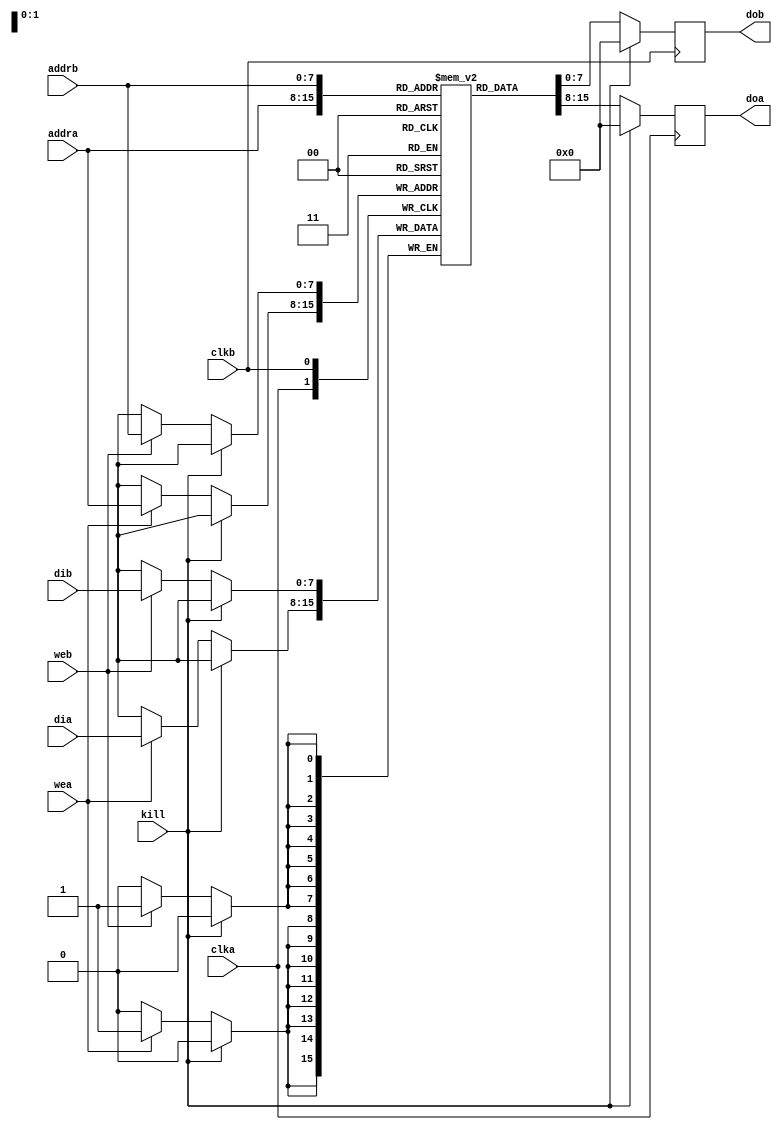
/**************************************************************************************************
 *                                                                                                *
 *                                                                                                *
 **************************************************************************************************
 *                                                                                                *
 *  Description:                                                                                  *
 *                                                                                                *
 *  Block Sbox/InvSbox                                                                            *
 *                                                                                                *
 **************************************************************************************************
 *    Synthesis in Vivado:                                                                        *
 *   			LUT:	1								  *
 *			BRAM:	0.5								  *
 **************************************************************************************************
 *  Verilog code                                                                                  *
 **************************************************************************************************/

(* keep_hierarchy = "yes" *)

module aes_128_sbox (
	/* inputs */
	input			clka,
	input			clkb,
	input			kill,
	input			wea,
	input			web,
	input		[7:0]	addra,
	input		[7:0]	addrb,
	input		[7:0]	dia,
	input		[7:0]	dib,

	/* outputs */
	output 	reg	[7:0]	doa,
	output	reg	[7:0]	dob
	);

/**************************************************************************************************
*        PARAMETERS
 **************************************************************************************************/
parameter LENGTH_RAM = 256;

/**************************************************************************************************
 *      LOCAL WIRES, REGS                                                                         *
 **************************************************************************************************/
reg	[7:0]	ram [LENGTH_RAM-1:0];

/**************************************************************************************************
 *            INITIAL                                                                             *
 **************************************************************************************************/
initial
begin
/*
//Inverse S-box:
	ram[0] <= 16'h52; 	ram[1] <= 16'h01; 	ram[2] <= 16'h6a; 	ram[3] <= 16'hd5;
	ram[4] <= 16'h30; 	ram[5] <= 16'h36; 	ram[6] <= 16'ha5; 	ram[7] <= 16'h38;
	ram[8] <= 16'hbf; 	ram[9] <= 16'h40; 	ram[10] <= 16'ha3; 	ram[11] <= 16'h9e;
	ram[12] <= 16'h81; 	ram[13] <= 16'hf3; 	ram[14] <= 16'hd7; 	ram[15] <= 16'hfb;

	ram[16] <= 16'h7c; 	ram[17] <= 16'he3; 	ram[18] <= 16'h39; 	ram[19] <= 16'h82;
	ram[20] <= 16'h9b; 	ram[21] <= 16'h2f; 	ram[22] <= 16'hff; 	ram[23] <= 16'h87;
	ram[24] <= 16'h34; 	ram[25] <= 16'h8e; 	ram[26] <= 16'h43; 	ram[27] <= 16'h44;
	ram[28] <= 16'hc4; 	ram[29] <= 16'hde; 	ram[30] <= 16'he9; 	ram[31] <= 16'hcb;

	ram[32] <= 16'h54; 	ram[33] <= 16'h7b; 	ram[34] <= 16'h94; 	ram[35] <= 16'h32;
	ram[36] <= 16'ha6; 	ram[37] <= 16'hc2; 	ram[38] <= 16'h23; 	ram[39] <= 16'h3d;
	ram[40] <= 16'hee; 	ram[41] <= 16'h4c;	ram[42] <= 16'h95;	ram[43] <= 16'h0b;
	ram[44] <= 16'h42; 	ram[45] <= 16'hfa; 	ram[46] <= 16'hc3; 	ram[47] <= 16'h4e;

	ram[48] <= 16'h08; 	ram[49] <= 16'h2e; 	ram[50] <= 16'ha1; 	ram[51] <= 16'h66;
	ram[52] <= 16'h28; 	ram[53] <= 16'hd9; 	ram[54] <= 16'h24; 	ram[55] <= 16'hb2;
	ram[56] <= 16'h76; 	ram[57] <= 16'h5b; 	ram[58] <= 16'ha2; 	ram[59] <= 16'h49;
	ram[60] <= 16'h6d; 	ram[61] <= 16'h8b; 	ram[62] <= 16'hd1; 	ram[63] <= 16'h25;

	ram[64] <= 16'h72; 	ram[65] <= 16'hf8; 	ram[66] <= 16'hf6; 	ram[67] <= 16'h64;
	ram[68] <= 16'h86; 	ram[69] <= 16'h68; 	ram[70] <= 16'h98; 	ram[71] <= 16'h16;
	ram[72] <= 16'hd4; 	ram[73] <= 16'ha4; 	ram[74] <= 16'h5c; 	ram[75] <= 16'hcc;
	ram[76] <= 16'h5d; 	ram[77] <= 16'h65; 	ram[78] <= 16'hb6; 	ram[79] <= 16'h92;

	ram[80] <= 16'h6c; 	ram[81] <= 16'h70; 	ram[82] <= 16'h48; 	ram[83] <= 16'h50;
	ram[84] <= 16'hfd; 	ram[85] <= 16'hed; 	ram[86] <= 16'hb9; 	ram[87] <= 16'hda;
	ram[88] <= 16'h5e; 	ram[89] <= 16'h15; 	ram[90] <= 16'h46; 	ram[91] <= 16'h57;
	ram[92] <= 16'ha7; 	ram[93] <= 16'h8d; 	ram[94] <= 16'h9d; 	ram[95] <= 16'h84;

	ram[96] <= 16'h90; 	ram[97] <= 16'hd8; 	ram[98] <= 16'hab; 	ram[99] <= 16'h00;
	ram[100] <= 16'h8c; 	ram[101] <= 16'hbc; 	ram[102] <= 16'hd3; 	ram[103] <= 16'h0a;
	ram[104] <= 16'hf7; 	ram[105] <= 16'he4; 	ram[106] <= 16'h58; 	ram[107] <= 16'h05;
	ram[108] <= 16'hb8; 	ram[109] <= 16'hb3; 	ram[110] <= 16'h45; 	ram[111] <= 16'h06;

	ram[112] <= 16'hd0; 	ram[113] <= 16'h2c; 	ram[114] <= 16'h1e; 	ram[115] <= 16'h8f;
	ram[116] <= 16'hca; 	ram[117] <= 16'h3f; 	ram[118] <= 16'h0f; 	ram[119] <= 16'h02;
	ram[120] <= 16'hc1; 	ram[121] <= 16'haf; 	ram[122] <= 16'hbd; 	ram[123] <= 16'h03;
	ram[124] <= 16'h01; 	ram[125] <= 16'h13; 	ram[126] <= 16'h8a; 	ram[127] <= 16'h6b;

	ram[128] <= 16'h3a; 	ram[129] <= 16'h91; 	ram[130] <= 16'h11; 	ram[131] <= 16'h41;
	ram[132] <= 16'h4f; 	ram[133] <= 16'h67; 	ram[134] <= 16'hdc; 	ram[135] <= 16'hea;
	ram[136] <= 16'h97; 	ram[137] <= 16'hf2; 	ram[138] <= 16'hcf; 	ram[139] <= 16'hce;
	ram[140] <= 16'hf0; 	ram[141] <= 16'hb4; 	ram[142] <= 16'he6; 	ram[143] <= 16'h73;

	ram[144] <= 16'h96; 	ram[145] <= 16'hac; 	ram[146] <= 16'h74; 	ram[147] <= 16'h22;
	ram[148] <= 16'he7; 	ram[149] <= 16'had; 	ram[150] <= 16'h35; 	ram[151] <= 16'h85;
	ram[152] <= 16'he2; 	ram[153] <= 16'hf9; 	ram[154] <= 16'h37; 	ram[155] <= 16'he8;
	ram[156] <= 16'h1c; 	ram[157] <= 16'h75; 	ram[158] <= 16'hdf; 	ram[159] <= 16'h6e;

	ram[160] <= 16'h47; 	ram[161] <= 16'hf1; 	ram[162] <= 16'h1a; 	ram[163] <= 16'h71;
	ram[164] <= 16'h1d; 	ram[165] <= 16'h29; 	ram[166] <= 16'hc5; 	ram[167] <= 16'h89;
	ram[168] <= 16'h6f; 	ram[169] <= 16'hb7; 	ram[170] <= 16'h62; 	ram[171] <= 16'h0e;
	ram[172] <= 16'haa; 	ram[173] <= 16'h18; 	ram[174] <= 16'hbe; 	ram[175] <= 16'h1b;

	ram[176] <= 16'hfc; 	ram[177] <= 16'h56; 	ram[178] <= 16'h3e; 	ram[179] <= 16'h4b;
	ram[180] <= 16'hc6; 	ram[181] <= 16'hd2; 	ram[182] <= 16'h79; 	ram[183] <= 16'h20;
	ram[184] <= 16'h9a; 	ram[185] <= 16'hdb; 	ram[186] <= 16'hc0; 	ram[187] <= 16'hfe;
	ram[188] <= 16'h78; 	ram[189] <= 16'hcd; 	ram[190] <= 16'h5a; 	ram[191] <= 16'hf4;

	ram[192] <= 16'h1f; 	ram[193] <= 16'hdd; 	ram[194] <= 16'ha8; 	ram[195] <= 16'h33;
	ram[196] <= 16'h88; 	ram[197] <= 16'h07; 	ram[198] <= 16'hc7; 	ram[199] <= 16'h31;
	ram[200] <= 16'hb1; 	ram[201] <= 16'h12; 	ram[202] <= 16'h10; 	ram[203] <= 16'h59;
	ram[204] <= 16'h27; 	ram[205] <= 16'h80; 	ram[206] <= 16'hec; 	ram[207] <= 16'h5f;

	ram[208] <= 16'h60; 	ram[209] <= 16'h51; 	ram[210] <= 16'h7f; 	ram[211] <= 16'ha9;
	ram[212] <= 16'h19; 	ram[213] <= 16'hb5; 	ram[214] <= 16'h4a;	ram[215] <= 16'h0d;
	ram[216] <= 16'h2d; 	ram[217] <= 16'he5; 	ram[218] <= 16'h7a;	ram[219] <= 16'h9f;
	ram[220] <= 16'h93; 	ram[221] <= 16'hc9; 	ram[222] <= 16'h9c; 	ram[223] <= 16'hef;

	ram[224] <= 16'ha0; 	ram[225] <= 16'he0; 	ram[226] <= 16'h3b; 	ram[227] <= 16'h4d;
	ram[228] <= 16'hae; 	ram[229] <= 16'h2a; 	ram[230] <= 16'hf5; 	ram[231] <= 16'hb0;
	ram[232] <= 16'hc8; 	ram[233] <= 16'heb; 	ram[234] <= 16'hbb; 	ram[235] <= 16'h3c;
	ram[236] <= 16'h83; 	ram[237] <= 16'h53; 	ram[238] <= 16'h99; 	ram[239] <= 16'h61;

	ram[240] <= 16'h17; 	ram[241] <= 16'h2b; 	ram[242] <= 16'h04; 	ram[243] <= 16'h7e;
	ram[244] <= 16'hba; 	ram[245] <= 16'h77; 	ram[246] <= 16'hd6; 	ram[247] <= 16'h26;
	ram[248] <= 16'he1; 	ram[249] <= 16'h69; 	ram[250] <= 16'h14; 	ram[251] <= 16'h63;
	ram[252] <= 16'h55; 	ram[253] <= 16'h21; 	ram[254] <= 16'h0c; 	ram[255] <= 16'h7d;
*/
//S-box
	ram[0] <= 16'h63; 	ram[1] <= 16'h7c; 	ram[2] <= 16'h77; 	ram[3] <= 16'h7b;
	ram[4] <= 16'hf2; 	ram[5] <= 16'h6b; 	ram[6] <= 16'h6f; 	ram[7] <= 16'hc5;
	ram[8] <= 16'h30; 	ram[9] <= 16'h01; 	ram[10] <= 16'h67; 	ram[11] <= 16'h2b;
	ram[12] <= 16'hfe; 	ram[13] <= 16'hd7; 	ram[14] <= 16'hab; 	ram[15] <= 16'h76;

	ram[16] <= 16'hca; 	ram[17] <= 16'h82; 	ram[18] <= 16'hc9; 	ram[19] <= 16'h7d;
	ram[20] <= 16'hfa; 	ram[21] <= 16'h59; 	ram[22] <= 16'h47; 	ram[23] <= 16'hf0;
	ram[24] <= 16'had; 	ram[25] <= 16'hd4; 	ram[26] <= 16'ha2; 	ram[27] <= 16'haf;
	ram[28] <= 16'h9c; 	ram[29] <= 16'ha4; 	ram[30] <= 16'h72; 	ram[31] <= 16'hc0;

	ram[32] <= 16'hb7; 	ram[33] <= 16'hfd; 	ram[34] <= 16'h93; 	ram[35] <= 16'h26;
	ram[36] <= 16'h36; 	ram[37] <= 16'h3f; 	ram[38] <= 16'hf7; 	ram[39] <= 16'hcc;
	ram[40] <= 16'h34; 	ram[41] <= 16'ha5;	ram[42] <= 16'he5;	ram[43] <= 16'hf1;
	ram[44] <= 16'h71; 	ram[45] <= 16'hd8; 	ram[46] <= 16'h31; 	ram[47] <= 16'h15;

	ram[48] <= 16'h04; 	ram[49] <= 16'hc7; 	ram[50] <= 16'h23; 	ram[51] <= 16'hc3;
	ram[52] <= 16'h18; 	ram[53] <= 16'h96; 	ram[54] <= 16'h05; 	ram[55] <= 16'h9a;
	ram[56] <= 16'h07; 	ram[57] <= 16'h12; 	ram[58] <= 16'h80; 	ram[59] <= 16'he2;
	ram[60] <= 16'heb; 	ram[61] <= 16'h27; 	ram[62] <= 16'hb2; 	ram[63] <= 16'h75;

	ram[64] <= 16'h09; 	ram[65] <= 16'h83; 	ram[66] <= 16'h2c; 	ram[67] <= 16'h1a;
	ram[68] <= 16'h1b; 	ram[69] <= 16'h6e; 	ram[70] <= 16'h5a; 	ram[71] <= 16'ha0;
	ram[72] <= 16'h52; 	ram[73] <= 16'h3b; 	ram[74] <= 16'hd6; 	ram[75] <= 16'hb3;
	ram[76] <= 16'h29; 	ram[77] <= 16'he3; 	ram[78] <= 16'h2f; 	ram[79] <= 16'h84;

	ram[80] <= 16'h53; 	ram[81] <= 16'hd1; 	ram[82] <= 16'h00; 	ram[83] <= 16'hed;
	ram[84] <= 16'h20; 	ram[85] <= 16'hfc; 	ram[86] <= 16'hb1; 	ram[87] <= 16'h5b;
	ram[88] <= 16'h6a; 	ram[89] <= 16'hcb; 	ram[90] <= 16'hbe; 	ram[91] <= 16'h39;
	ram[92] <= 16'h4a; 	ram[93] <= 16'h4c; 	ram[94] <= 16'h58; 	ram[95] <= 16'hcf;

	ram[96] <= 16'hd0; 	ram[97] <= 16'hef; 	ram[98] <= 16'haa; 	ram[99] <= 16'hfb;
	ram[100] <= 16'h43; 	ram[101] <= 16'h4d; 	ram[102] <= 16'h33; 	ram[103] <= 16'h85;
	ram[104] <= 16'h45; 	ram[105] <= 16'hf9; 	ram[106] <= 16'h02; 	ram[107] <= 16'h7f;
	ram[108] <= 16'h50; 	ram[109] <= 16'h3c; 	ram[110] <= 16'h9f; 	ram[111] <= 16'ha8;

	ram[112] <= 16'h51; 	ram[113] <= 16'ha3; 	ram[114] <= 16'h40; 	ram[115] <= 16'h8f;
	ram[116] <= 16'h92; 	ram[117] <= 16'h9d; 	ram[118] <= 16'h38; 	ram[119] <= 16'hf5;
	ram[120] <= 16'hbc; 	ram[121] <= 16'hb6; 	ram[122] <= 16'hda; 	ram[123] <= 16'h21;
	ram[124] <= 16'h10; 	ram[125] <= 16'hff; 	ram[126] <= 16'hf3; 	ram[127] <= 16'hd2;

	ram[128] <= 16'hcd; 	ram[129] <= 16'h0c; 	ram[130] <= 16'h13; 	ram[131] <= 16'hec;
	ram[132] <= 16'h5f; 	ram[133] <= 16'h97; 	ram[134] <= 16'h44; 	ram[135] <= 16'h17;
	ram[136] <= 16'hc4; 	ram[137] <= 16'ha7; 	ram[138] <= 16'h7e; 	ram[139] <= 16'h3d;
	ram[140] <= 16'h64; 	ram[141] <= 16'h5d; 	ram[142] <= 16'h19; 	ram[143] <= 16'h73;

	ram[144] <= 16'h60; 	ram[145] <= 16'h81; 	ram[146] <= 16'h4f; 	ram[147] <= 16'hdc;
	ram[148] <= 16'h22; 	ram[149] <= 16'h2a; 	ram[150] <= 16'h90; 	ram[151] <= 16'h88;
	ram[152] <= 16'h46; 	ram[153] <= 16'hee; 	ram[154] <= 16'hb8; 	ram[155] <= 16'h14;
	ram[156] <= 16'hde; 	ram[157] <= 16'h5e; 	ram[158] <= 16'h0b; 	ram[159] <= 16'hdb;

	ram[160] <= 16'he0; 	ram[161] <= 16'h32; 	ram[162] <= 16'h3a; 	ram[163] <= 16'h0a;
	ram[164] <= 16'h49; 	ram[165] <= 16'h06; 	ram[166] <= 16'h24; 	ram[167] <= 16'h5c;
	ram[168] <= 16'hc2; 	ram[169] <= 16'hd3; 	ram[170] <= 16'hac; 	ram[171] <= 16'h62;
	ram[172] <= 16'h91; 	ram[173] <= 16'h95; 	ram[174] <= 16'he4; 	ram[175] <= 16'h79;

	ram[176] <= 16'he7; 	ram[177] <= 16'hc8; 	ram[178] <= 16'h37; 	ram[179] <= 16'h6d;
	ram[180] <= 16'h8d; 	ram[181] <= 16'hd5; 	ram[182] <= 16'h4e; 	ram[183] <= 16'ha9;
	ram[184] <= 16'h6c; 	ram[185] <= 16'h56; 	ram[186] <= 16'hf4; 	ram[187] <= 16'hea;
	ram[188] <= 16'h65; 	ram[189] <= 16'h7a; 	ram[190] <= 16'hae; 	ram[191] <= 16'h08;

	ram[192] <= 16'hba; 	ram[193] <= 16'h78; 	ram[194] <= 16'h25; 	ram[195] <= 16'h2e;
	ram[196] <= 16'h1c; 	ram[197] <= 16'ha6; 	ram[198] <= 16'hb4; 	ram[199] <= 16'hc6;
	ram[200] <= 16'he8; 	ram[201] <= 16'hdd; 	ram[202] <= 16'h74; 	ram[203] <= 16'h1f;
	ram[204] <= 16'h4b; 	ram[205] <= 16'hbd; 	ram[206] <= 16'h8b; 	ram[207] <= 16'h8a;

	ram[208] <= 16'h70; 	ram[209] <= 16'h3e; 	ram[210] <= 16'hb5; 	ram[211] <= 16'h66;
	ram[212] <= 16'h48; 	ram[213] <= 16'h03; 	ram[214] <= 16'hf6;	ram[215] <= 16'h0e;
	ram[216] <= 16'h61; 	ram[217] <= 16'h35; 	ram[218] <= 16'h57;	ram[219] <= 16'hb9;
	ram[220] <= 16'h86; 	ram[221] <= 16'hc1; 	ram[222] <= 16'h1d; 	ram[223] <= 16'h9e;

	ram[224] <= 16'he1; 	ram[225] <= 16'hf8; 	ram[226] <= 16'h98; 	ram[227] <= 16'h11;
	ram[228] <= 16'h69; 	ram[229] <= 16'hd9; 	ram[230] <= 16'h8e; 	ram[231] <= 16'h94;
	ram[232] <= 16'h9b; 	ram[233] <= 16'h1e; 	ram[234] <= 16'h87; 	ram[235] <= 16'he9;
	ram[236] <= 16'hce; 	ram[237] <= 16'h55; 	ram[238] <= 16'h28; 	ram[239] <= 16'hdf;

	ram[240] <= 16'h8c; 	ram[241] <= 16'ha1; 	ram[242] <= 16'h89; 	ram[243] <= 16'h0d;
	ram[244] <= 16'hbf; 	ram[245] <= 16'he6; 	ram[246] <= 16'h42; 	ram[247] <= 16'h68;
	ram[248] <= 16'h41; 	ram[249] <= 16'h99; 	ram[250] <= 16'h2d; 	ram[251] <= 16'h0f;
	ram[252] <= 16'hb0; 	ram[253] <= 16'h54; 	ram[254] <= 16'hbb; 	ram[255] <= 16'h16;
end

/**************************************************************************************************
 *      LOGIC                                                                                     *
 **************************************************************************************************/
//port A
always @(posedge clka)
begin
	if (kill)
		doa <= 8'b0;
	else 
		begin
			if (wea)
				ram[addra] <= dia;
			doa <= ram[addra];
		end
end

//port B
always @(posedge clkb)
begin
	if (kill)
		dob <= 8'b0;
	else
		begin
			if (web)
				ram[addrb] <= dib;
			dob <= ram[addrb];
		end
end
/**************************************************************************************************/

endmodule